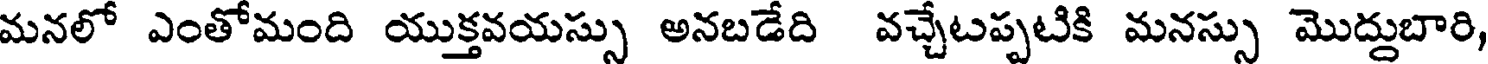
మనలో ఎంతోమంది యుక్తవయస్సు అనబడేది వచ్చేటప్పటికి మనస్సు మొద్దుబారి